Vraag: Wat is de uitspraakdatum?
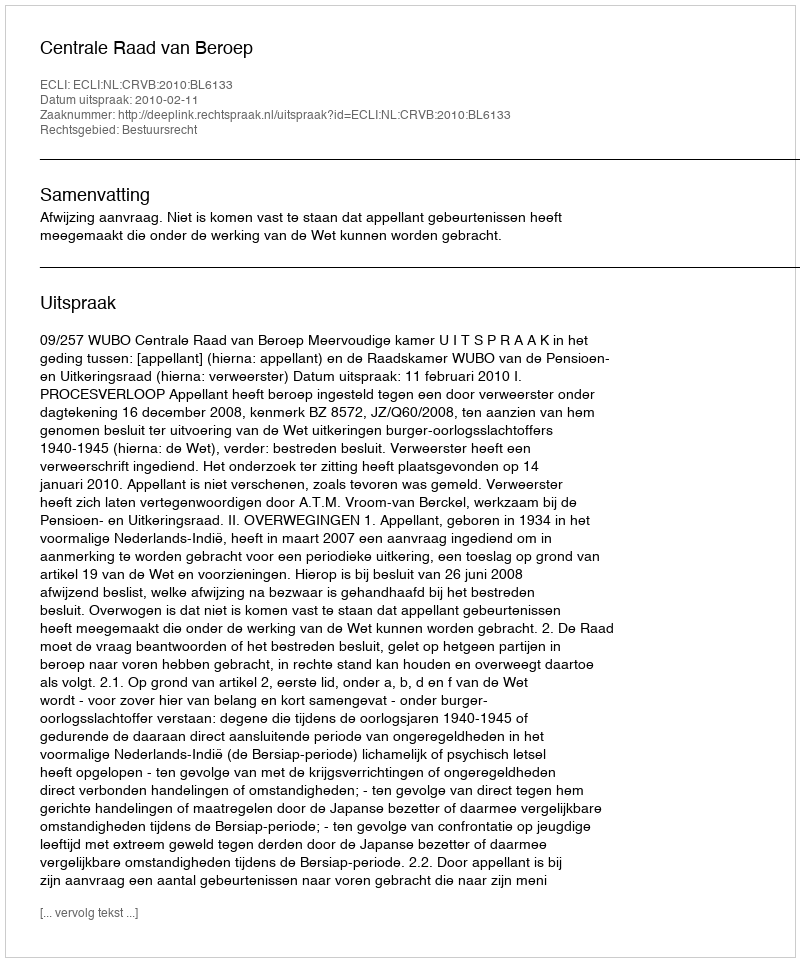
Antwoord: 2010-02-11